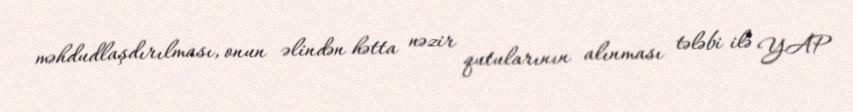
məhdudlaşdırılması, onun əlindən hətta nəzir qutularının alınması tələbi ilə YAP